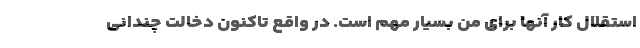
استقلال کار آنها برای من بسیار مهم است. در واقع تاکنون دخالت چندانی